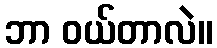
ဘာ ဝယ်တာလဲ။